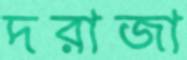
দরাজা